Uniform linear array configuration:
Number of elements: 4
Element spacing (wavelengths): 0.25
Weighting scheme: hann
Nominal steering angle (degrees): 30
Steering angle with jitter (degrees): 31.351
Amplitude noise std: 0.05
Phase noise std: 0.05

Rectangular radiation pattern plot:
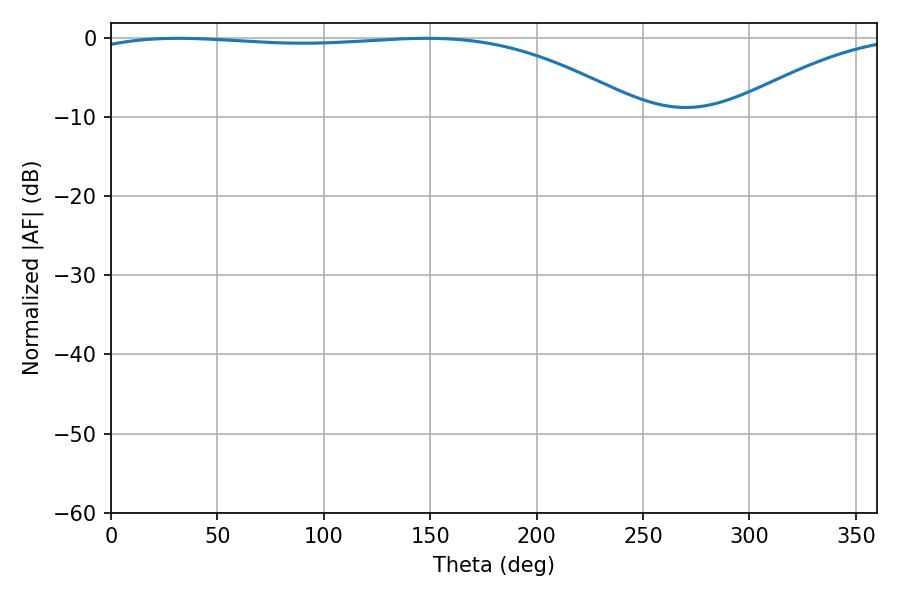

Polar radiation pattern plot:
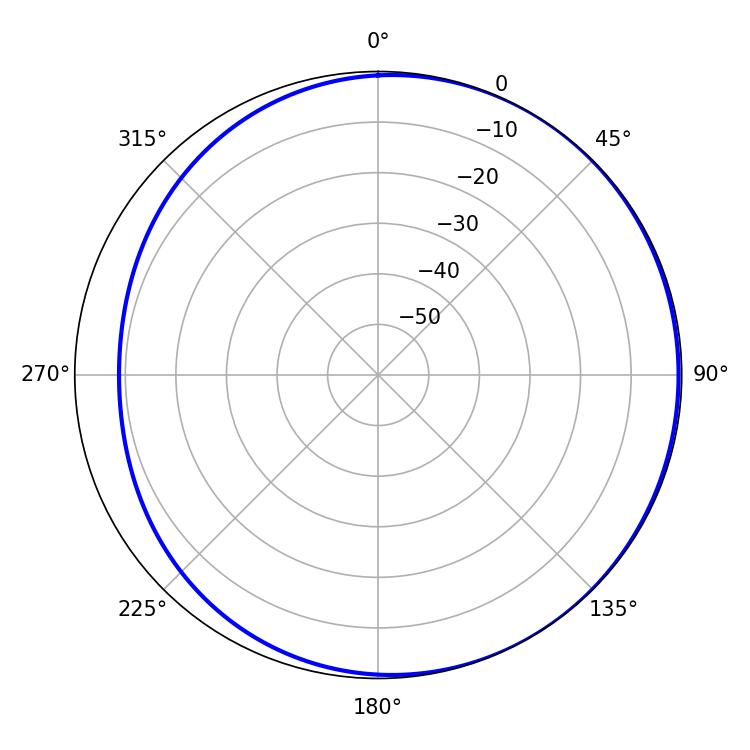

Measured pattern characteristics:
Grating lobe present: FALSE
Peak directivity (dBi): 1.848
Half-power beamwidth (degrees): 208.26
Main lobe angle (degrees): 31.68